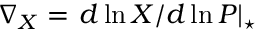
\nabla _ { X } = \left. d \ln X / d \ln P \right| _ { \star }